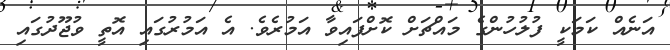
އަނެއް ކަމަކީ ފުލުހުންގެ މައްޗަށް ކޮށްފައިވާ އަމުރެވެ. އެ އަމުރުގައި އޮތީ ވުޖޫދުގައި